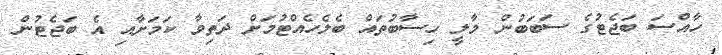
ހާއްސަ ބަޖެޓުގެ ސަބަބުން މާލީ ހިސާބުތައް ބެލެހެއްޓުމަށް ދަތިވާ ކަމަށާއި އެ ބަޖެޓުން